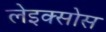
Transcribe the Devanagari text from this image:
लेइक्सोस